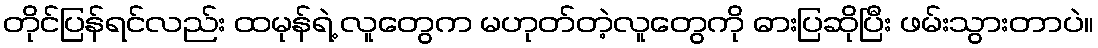
တိုင်ပြန်ရင်လည်း ထမုန်ရဲ့ လူတွေက မဟုတ်တဲ့လူတွေကို ဓားပြဆိုပြီး ဖမ်းသွားတာပဲ။